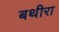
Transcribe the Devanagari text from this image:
बथीरा